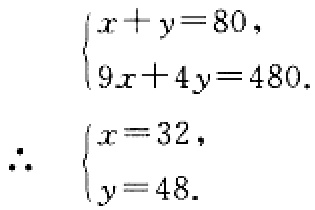
\[\begin{cases}
x + y = 80,\\
9x + 4y = 480.
\end{cases}
\therefore
\begin{cases}
x = 32,\\
y = 48.
\end{cases}\]